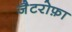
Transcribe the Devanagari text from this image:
जैटरोफ़ा